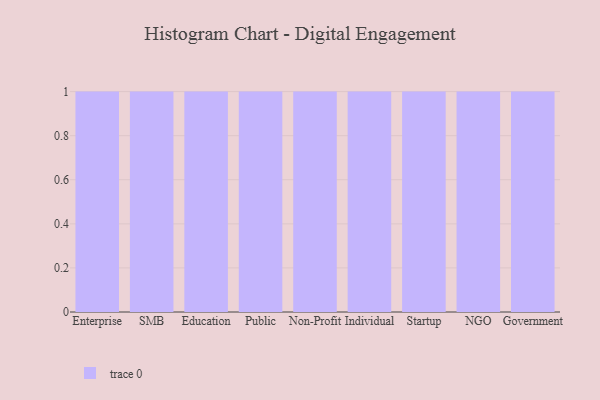
{"axis": {"x": "Segment", "y": "Revenue (USD Million)"}, "legend": [""], "data": [{"x": "Enterprise", "y": 13, "type": ""}, {"x": "SMB", "y": 93, "type": ""}, {"x": "Education", "y": 32, "type": ""}, {"x": "Public", "y": 27, "type": ""}, {"x": "Non-Profit", "y": 56, "type": ""}, {"x": "Individual", "y": 39, "type": ""}, {"x": "Startup", "y": 14, "type": ""}, {"x": "NGO", "y": 82, "type": ""}, {"x": "Government", "y": 71, "type": ""}]}